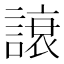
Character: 𲁳